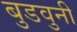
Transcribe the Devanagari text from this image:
बुडवुनी